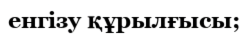
енгізу құрылғысы;